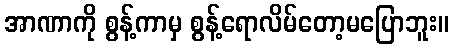
အာဏာကို စွန့်ကာမှ စွန့်ရောလိမ်တော့မပြောဘူး။